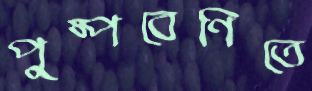
পুষ্পবেণিতে